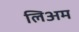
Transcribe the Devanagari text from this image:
लिअम